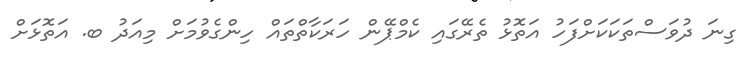
ގިނަ ދުވަސްތަކަކަށްފަހު އަތޮޅު ތެރޭގައި ކެމްޕޭން ހަރަކާތްތައް ހިންގެވުމަށް މިއަދު ބ. އަތޮޅަށް